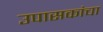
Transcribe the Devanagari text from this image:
उपासकांचा